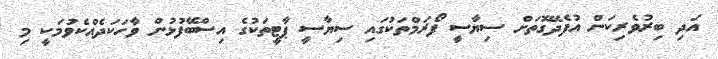
އަދި ބިރުވެރިކަން އުފެދޭގޮތަށް ސިޔާސީ ފޯރަމްތަކުގައި ސިޔާސީ ޕާޓީތަކުގެ އިސްބޭފުޅުން ވާހަކަދެއްކެވުމަކީ މި